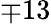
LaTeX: \mp 13